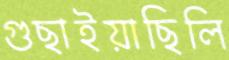
গুছাইয়াছিলি